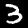
Label: 3